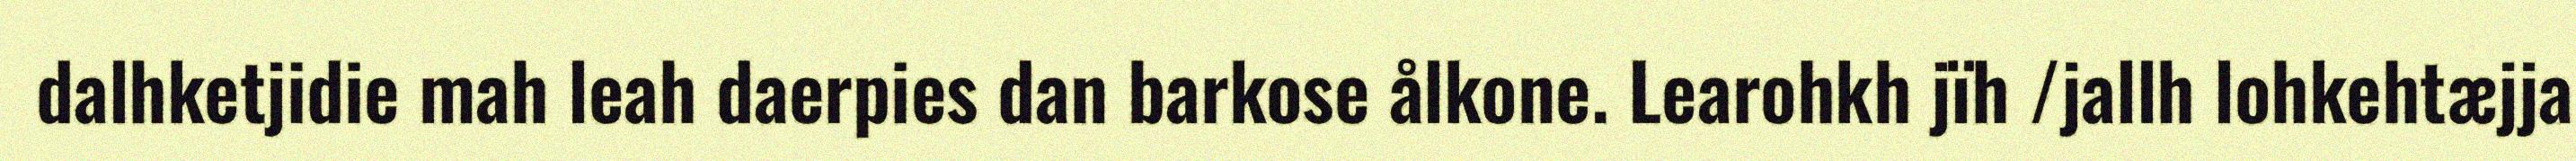
dalhketjidie mah leah daerpies dan barkose ålkone. Learohkh jïh /jallh lohkehtæjja